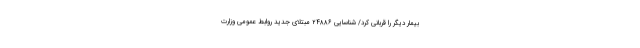
بیمار دیگر را قربانی کرد/ شناسایی ۲۴۸۸۶ مبتلای جدید روابط عمومی وزارت